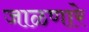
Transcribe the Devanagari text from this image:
जाळणारे